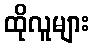
ထိုလူများ